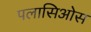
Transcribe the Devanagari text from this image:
पलासिओस